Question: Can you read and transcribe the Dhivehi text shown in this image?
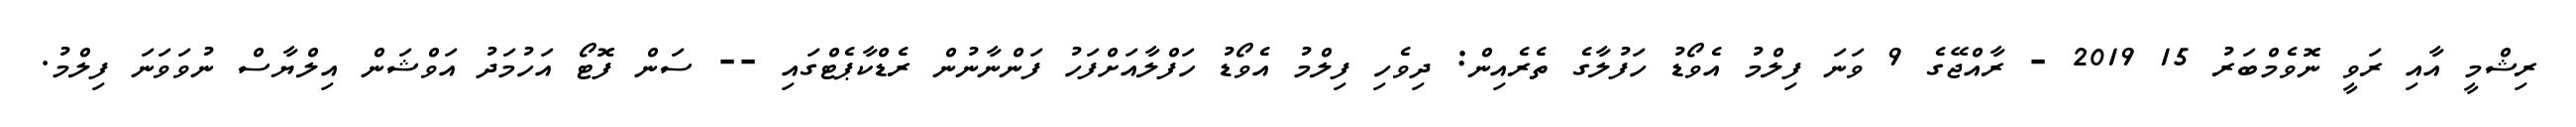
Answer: ރިޝްމީ އާއި ރަވީ ނޮވެމްބަރު 15 2019 - ރާއްޖޭގެ 9 ވަނަ ފިލްމު އެވޯޑު ހަފުލާގެ ތެރެއިން: ދިވެހި ފިލްމު އެވޯޑު ހަފްލާއަށްފަހު ފަންނާނުން ރެޑްކާޕެޓްގައި -- ސަން ފޮޓޯ އަހުމަދު އަވްޝަން އިލްޔާސް ނުވަވަނަ ފިލްމު.